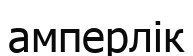
амперлік